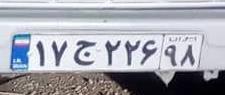
۱۷ج۲۲۶۹۸